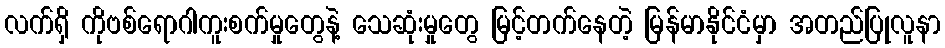
လက်ရှိ ကိုဗစ်ရောဂါကူးစက်မှုတွေနဲ့ သေဆုံးမှုတွေ မြင့်တက်နေတဲ့ မြန်မာနိုင်ငံမှာ အတည်ပြုလူနာ